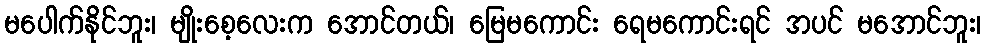
မပေါက်နိုင်ဘူး၊ မျိုးစေ့လေးက အောင်တယ်၊ မြေမကောင်း ရေမကောင်းရင် အပင် မအောင်ဘူး၊